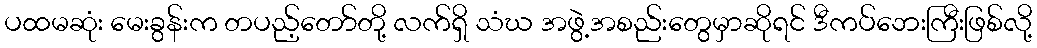
ပထမဆုံး မေးခွန်းက တပည့်တော်တို့ လက်ရှိ သံဃ အဖွဲ့အစည်းတွေမှာဆိုရင် ဒီကပ်ဘေးကြီးဖြစ်လို့